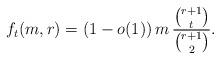
LaTeX: \begin{align*} f_t(m,r) = (1 - o(1)) \, m\, \frac{\binom{r+1}{t}}{\binom{r+1}{2}}.\end{align*}